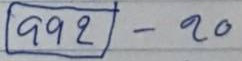
(992) - 20